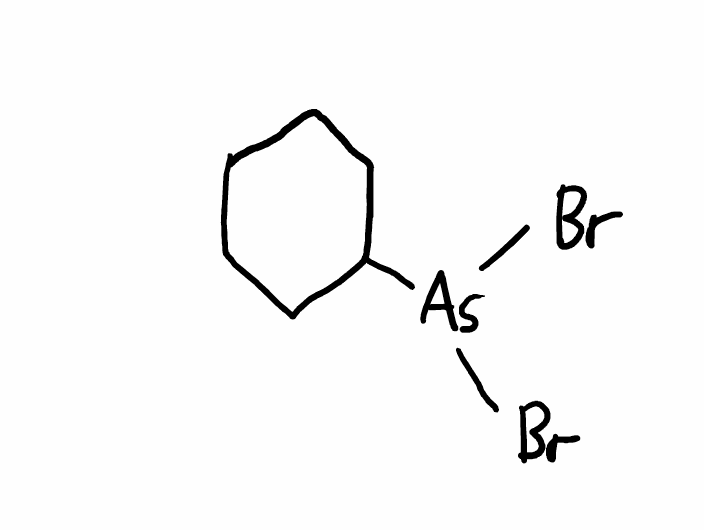
Simplified molecular-input line-entry system (SMILES) notation of the given molecule:
C1CCC(CC1)[As](Br)Br